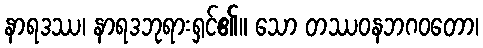
နာရဒဿ၊ နာရဒဘုရားရှင်၏။ သော တဿဝနဘဂဝတော၊